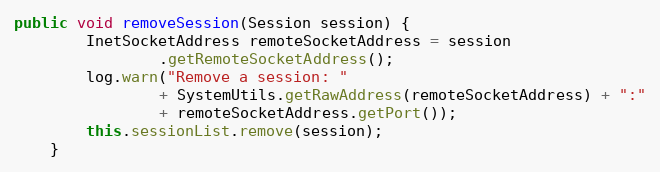
Language: Java
public void removeSession(Session session) {
		InetSocketAddress remoteSocketAddress = session
				.getRemoteSocketAddress();
		log.warn("Remove a session: "
				+ SystemUtils.getRawAddress(remoteSocketAddress) + ":"
				+ remoteSocketAddress.getPort());
		this.sessionList.remove(session);
	}